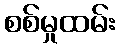
စစ်မှုထမ်း